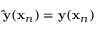
\mathbf { \hat { y } } ( \mathbf x _ { n } ) = \mathbf y ( \mathbf x _ { n } )